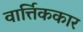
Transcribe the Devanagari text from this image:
वार्त्तिककार